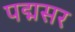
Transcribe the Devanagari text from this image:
पद्मसर